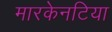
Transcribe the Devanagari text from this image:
मारकेनटिया